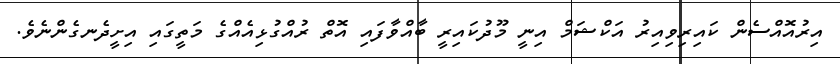
އިރުއޮއްސެން ކައިރިވިއިރު އަކްޝަމް އިނީ މޫދުކައިރީ ބާއްވާފައި އޮތް ރުއްގުޅިއެއްގެ މަތީގައި އިށީދެނގެންނެވެ.